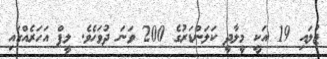
ޖުލައި 19 އަކީ މީލާދީ ކަލަންޑަރުގެ 200 ވަނަ ދުވަހެވެ. ލީޕް އަހަރެއްގައި